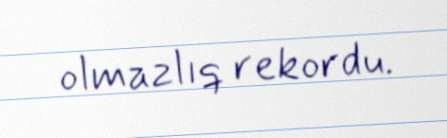
olmazlıq rekordu.